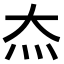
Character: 𬉵